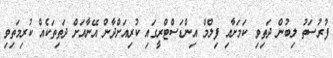
ފުރުސަތު ލިބުން ދަތިވި ކަމަށާއި ފިލްމް އިންޑަސްޓްރީގައި ކުރިއަށްދާން އޭނާއަށް ދަތިތަކެއް ކުރިމަތިވި